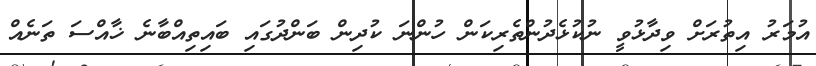
އުމަރު އިތުރަށް ވިދާޅުވީ ނުކުޅެދުންތެރިކަން ހުންނަ ކުދިން ބަންދުގައި ބައިތިއްބާނެ ޚާއްސަ ތަނެއް